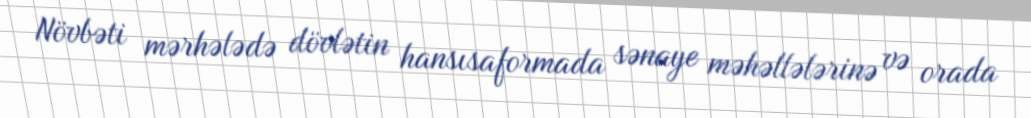
Növbəti mərhələdə dövlətin hansısaformada sənaye məhəllələrinə və orada